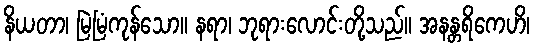
နိယတာ၊ မြဲမြံကုန်သော။ နရာ၊ ဘုရားလောင်းတို့သည်။ အနန္တရိကေဟိ၊